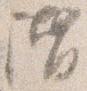
階